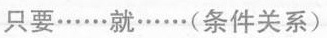
只要……就……（条件关系）